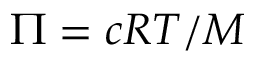
\Pi = c R T / M